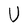
Character: N